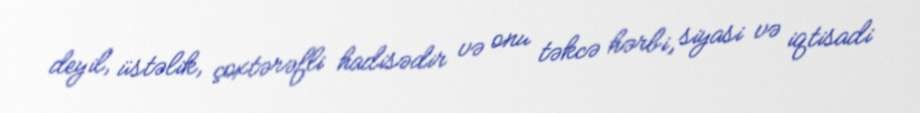
deyil, üstəlik, çoxtərəfli hadisədir və onu təkcə hərbi, siyasi və iqtisadi